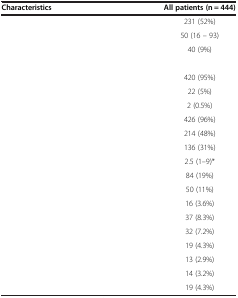
<table><thead><tr><td><b>Characteristics</b></td><td><b>All patients (n = 444)</b></td></tr></thead><tbody><tr><td>[EMPTY_CELL]</td><td>231 (52%)</td></tr><tr><td>[EMPTY_CELL]</td><td>50 (16 – 93)</td></tr><tr><td>[EMPTY_CELL]</td><td>40 (9%)</td></tr><tr><td>[EMPTY_CELL]</td><td>[EMPTY_CELL]</td></tr><tr><td>[EMPTY_CELL]</td><td>420 (95%)</td></tr><tr><td>[EMPTY_CELL]</td><td>22 (5%)</td></tr><tr><td>[EMPTY_CELL]</td><td>2 (0.5%)</td></tr><tr><td>[EMPTY_CELL]</td><td>426 (96%)</td></tr><tr><td>[EMPTY_CELL]</td><td>214 (48%)</td></tr><tr><td>[EMPTY_CELL]</td><td>136 (31%)</td></tr><tr><td>[EMPTY_CELL]</td><td>2.5 (1–9)*</td></tr><tr><td>[EMPTY_CELL]</td><td>84 (19%)</td></tr><tr><td>[EMPTY_CELL]</td><td>50 (11%)</td></tr><tr><td>[EMPTY_CELL]</td><td>16 (3.6%)</td></tr><tr><td>[EMPTY_CELL]</td><td>37 (8.3%)</td></tr><tr><td>[EMPTY_CELL]</td><td>32 (7.2%)</td></tr><tr><td>[EMPTY_CELL]</td><td>19 (4.3%)</td></tr><tr><td>[EMPTY_CELL]</td><td>13 (2.9%)</td></tr><tr><td>[EMPTY_CELL]</td><td>14 (3.2%)</td></tr><tr><td>[EMPTY_CELL]</td><td>19 (4.3%)</td></tr></tbody></table>